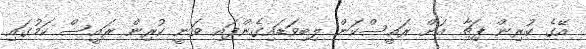
އޭގެ ކުރިން ޕިޗާ އަށް ރައީސްކަން ލިބިވަޑައިގެންފައި ވަނީ ކުރިން ރައީސް ކަމުގައި